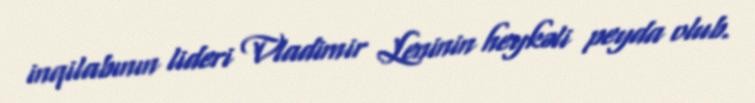
inqilabının lideri Vladimir Leninin heykəli peyda olub.